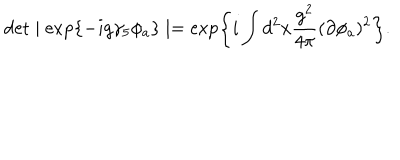
LaTeX: \det \mid \exp \{ - i g \gamma _ { 5 } \phi _ { a } \} \mid = \exp \left\{ i \int d ^ { 2 } x \frac { g ^ { 2 } } { 4 \pi } ( \partial \phi _ { a } ) ^ { 2 } \right\} .